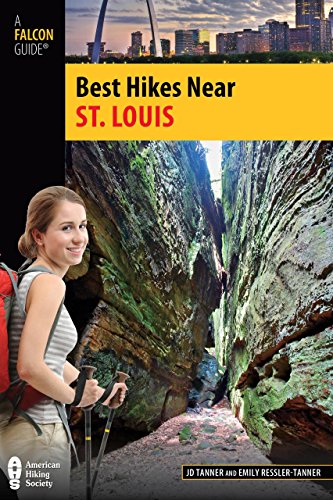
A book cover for Best Hikes Near St. Louis (Best Hikes Near Series); Jd Tanner; Travel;